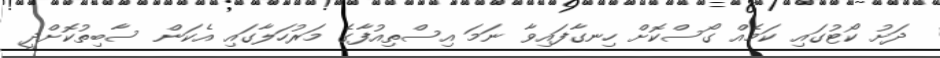
ދަށު ކޯޓުގައި ކަމެއް ގޯސްކޮށް ހިނގާފައިވާ ނަމަ އިސްތިއުފާގެ މަރުހަލާގައި އެކަން ސާބިތުކޮށްދީ